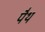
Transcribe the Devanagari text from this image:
पैथ